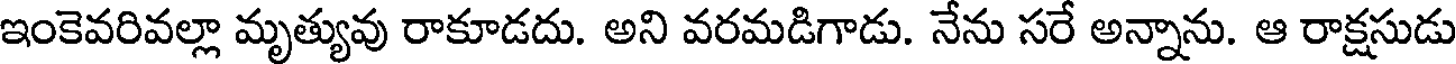
ఇంకెవరివల్లా మృత్యువు రాకూడదు. అని వరమడిగాడు. నేను సరే అన్నాను. ఆ రాక్షసుడు